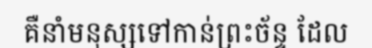
គឺនាំមនុស្សទៅកាន់ព្រះច័ន្ទ ដែល